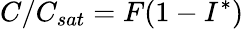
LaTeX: C/C_{sat}=F(1-I^{*})